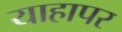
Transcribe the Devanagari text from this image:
याहापर